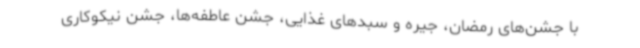
با جشن‌های رمضان، جیره و سبدهای غذایی، جشن عاطفه‌ها، جشن نیکوکاری